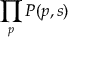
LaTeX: \prod _ { p } P ( p , s )